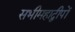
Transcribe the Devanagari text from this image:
सभीमहाद्वीपों